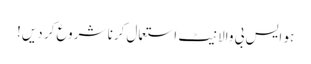
ہو ایس بی والا نیٹ استعمال کرنا شروع کر دیں!